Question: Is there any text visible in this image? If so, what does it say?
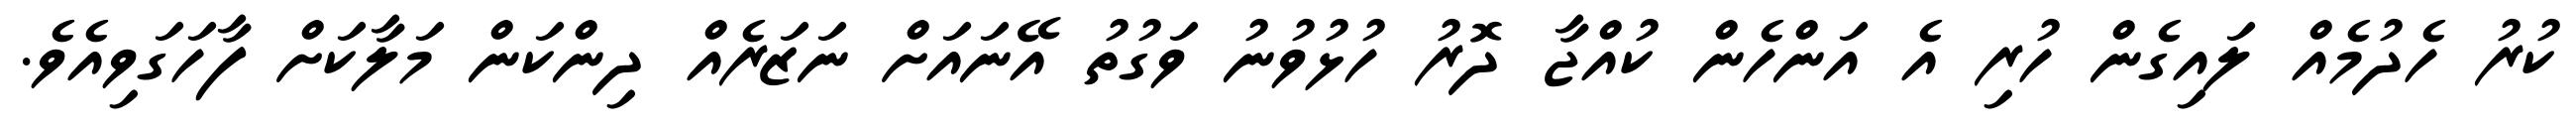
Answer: ކުރު ހެދުމެއް ލައިގެން ހުރި އެ އަންހެން ކުއްޖާ ދޮރު ހުޅުވުނު ވަގުތު އޭނައަށް ނަޒަރެއް ދިންކަން މަލާކަށް ފާހަގަވިއެވެ.